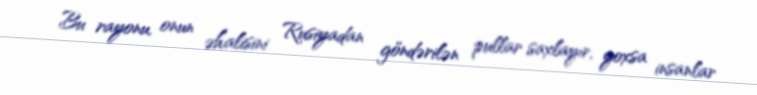
Bu rayonu, onun əhalisini Rusiyadan göndərilən pullar saxlayır, yoxsa insanlar